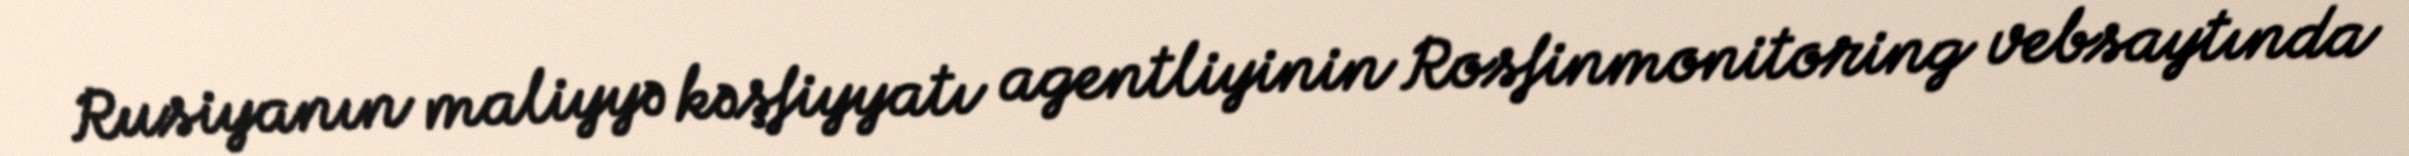
Rusiyanın maliyyə kəşfiyyatı agentliyinin Rosfinmonitoring vebsaytında